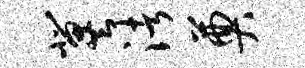
冀渚奠